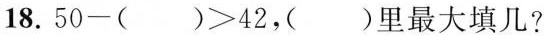
18.$$50-()>42$$，()里最大填几?